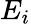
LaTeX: E_{i}